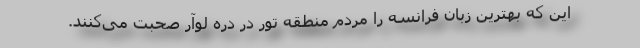
این که بهترین زبان فرانسه را مردم منطقه تور در دره لوآر صحبت می‌کنند.